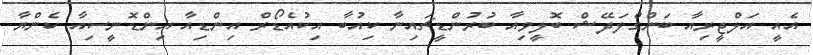
އެއީ އަލްޖީރިއާ ބަންގްލަދޭޝް ބޮލީވިއާ ބުރުންޑީޗައިނާ ކިއުބާ އިކުއެޑޯރް އިންޑިއާ އިންޑޮނީސިއާ ކެންޔާ